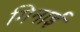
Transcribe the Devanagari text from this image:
गिनाईं